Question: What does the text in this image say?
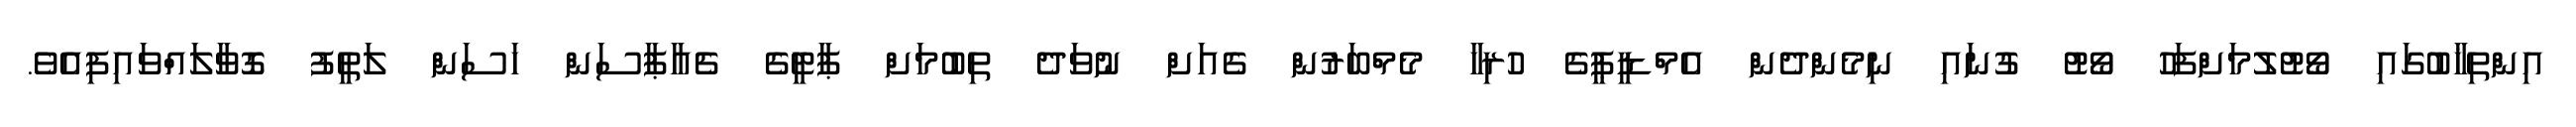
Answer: އިންތިޚާބުގައި ވޯޓުލުމަށްފަހު ވޯޓު ގުނައި ނިމެންދެން އެމްޑީޕީގެ ހުރިހާ މެމްބަރުން ގެއަށް ނުވަދެ ތިބުމަށް ޕާޓީގެ ޗެއާޕާސަން ހަސަން ލަތީފު ގޮވާލައްވައިފިއެވެ.